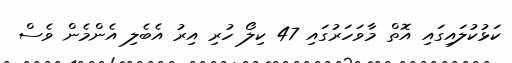
ކަޅުކުލައިގައި އޮތް މާވަހަރުގައި 47 ކިލޯ ހުރި އިރު އެބެލި އެންމެން ވެސް